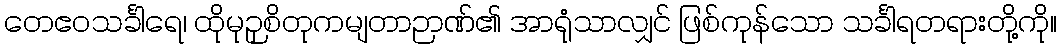
တေဧဝသင်္ခါရေ၊ ထိုမုဉှစိတုကမျတာဉာဏ်၏ အာရုံသာလျှင် ဖြစ်ကုန်သော သင်္ခါရတရားတို့ကို။